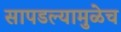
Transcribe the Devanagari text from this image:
सापडल्यामुळेच